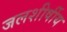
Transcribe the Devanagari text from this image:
जलशीर्षीय